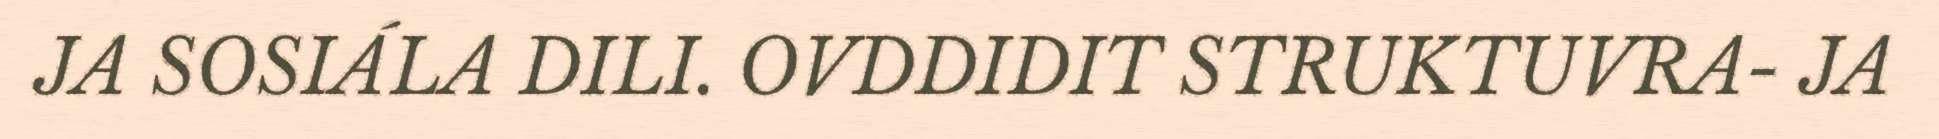
JA SOSIÁLA DILI. OVDDIDIT STRUKTUVRA- JA